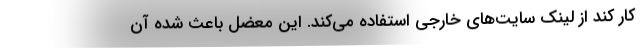
کار کند از لینک سایت‌های خارجی استفاده می‌کند. این معضل باعث شده آن